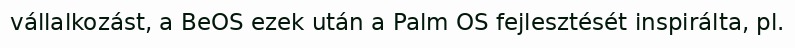
vállalkozást, a BeOS ezek után a Palm OS fejlesztését inspirálta, pl.